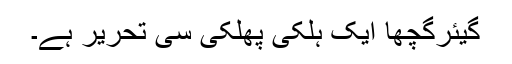
گیئرگچھا ایک ہلکی پھلکی سی تحریر ہے۔